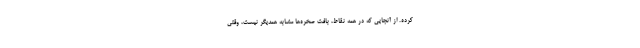
کرده. از آنجایی که در همه نقاط، بافت صخره‌ها مشابه همدیگر نیست، وقتی